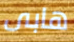
هابى